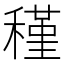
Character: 𥡣